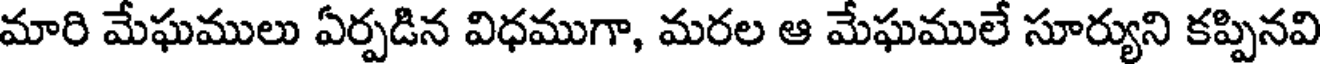
మారి మేఘములు ఏర్పడిన విధముగా, మరల ఆ మేఘములే సూర్యుని కప్పినవి